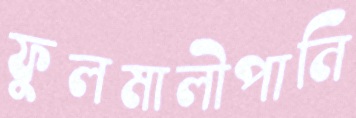
ফুলমালীপানি